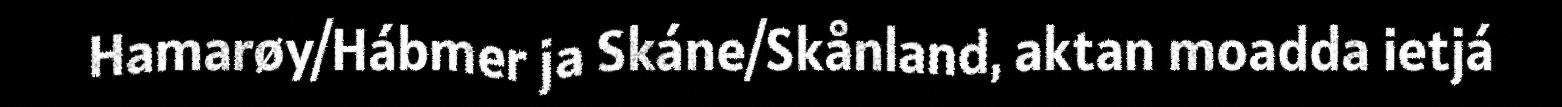
Hamarøy/Hábmer ja Skáne/Skånland, aktan moadda ietjá